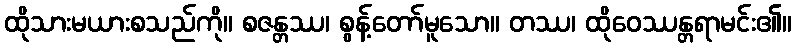
ထိုသားမယားစသည်ကို။ စဇန္တဿ၊ စွန့်တော်မူသော။ တဿ၊ ထိုဝေဿန္တရာမင်း၏။